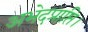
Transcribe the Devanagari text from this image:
अभेदप्राप्ति।